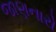
જાણનારો